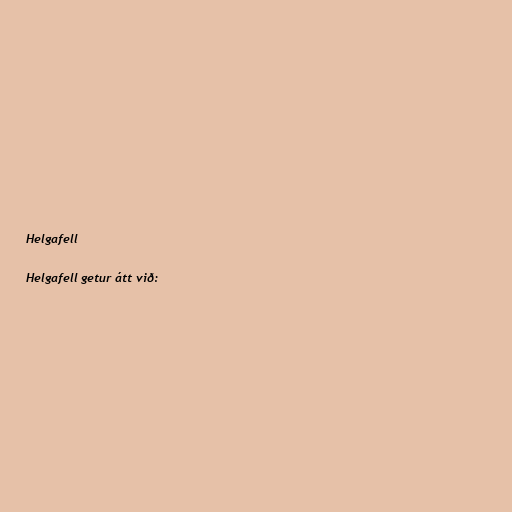
Helgafell

Helgafell getur átt við: